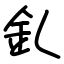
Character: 釓